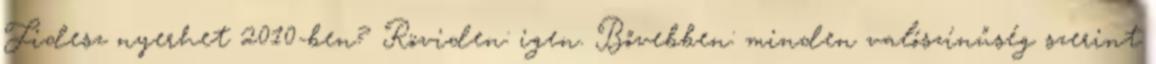
Fidesz nyerhet 2010-ben? Röviden: igen. Bővebben: minden valószínűség szerint